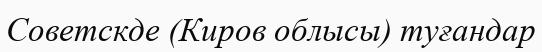
Советскде (Киров облысы) туғандар